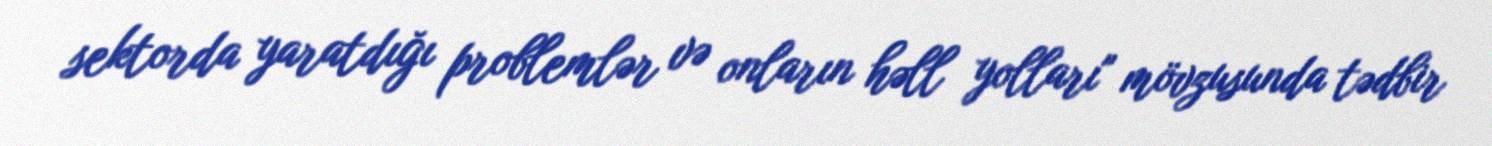
sektorda yaratdığı problemlər və onların həll yolları" mövzusunda tədbir